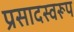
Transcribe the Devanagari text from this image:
प्रसादस्‍वरूप